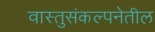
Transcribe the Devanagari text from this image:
वास्तुसंकल्पनेतील